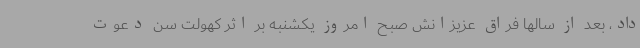
داد، بعد از سالها فراق عزیزانش صبح امروز یکشنبه بر اثر کهولت سن دعوت